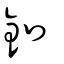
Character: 釦